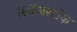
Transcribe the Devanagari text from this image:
बिर्केनस्टॉक